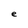
Character: e